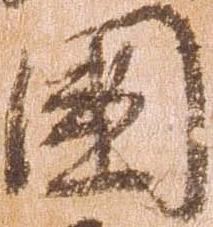
国